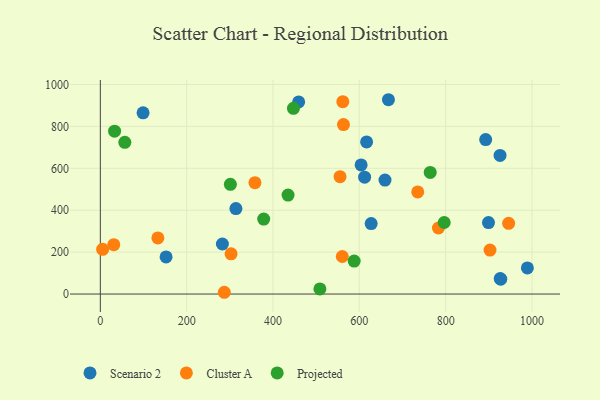
{"axis": {"x": "Investment", "y": "Demand"}, "legend": ["Cluster A", "Projected", "Scenario 2"], "data": [{"x": "612.3", "y": 557.7, "type": "Scenario 2"}, {"x": "899.3", "y": 340.9, "type": "Scenario 2"}, {"x": "926.5", "y": 74.2, "type": "Scenario 2"}, {"x": "667.5", "y": 927.2, "type": "Scenario 2"}, {"x": "152.3", "y": 177.2, "type": "Scenario 2"}, {"x": "99.0", "y": 864.8, "type": "Scenario 2"}, {"x": "659.5", "y": 543.9, "type": "Scenario 2"}, {"x": "282.8", "y": 238.8, "type": "Scenario 2"}, {"x": "459.5", "y": 916.6, "type": "Scenario 2"}, {"x": "926.1", "y": 661.3, "type": "Scenario 2"}, {"x": "927.7", "y": 70.7, "type": "Scenario 2"}, {"x": "627.5", "y": 336.1, "type": "Scenario 2"}, {"x": "892.8", "y": 737.2, "type": "Scenario 2"}, {"x": "989.4", "y": 124.8, "type": "Scenario 2"}, {"x": "616.9", "y": 725.9, "type": "Scenario 2"}, {"x": "314.1", "y": 408.0, "type": "Scenario 2"}, {"x": "604.2", "y": 616.3, "type": "Scenario 2"}, {"x": "358.2", "y": 531.2, "type": "Cluster A"}, {"x": "563.3", "y": 808.5, "type": "Cluster A"}, {"x": "133.3", "y": 267.8, "type": "Cluster A"}, {"x": "783.3", "y": 315.0, "type": "Cluster A"}, {"x": "5.3", "y": 213.5, "type": "Cluster A"}, {"x": "946.0", "y": 337.6, "type": "Cluster A"}, {"x": "287.2", "y": 8.4, "type": "Cluster A"}, {"x": "31.1", "y": 235.4, "type": "Cluster A"}, {"x": "735.4", "y": 487.4, "type": "Cluster A"}, {"x": "561.8", "y": 917.7, "type": "Cluster A"}, {"x": "902.8", "y": 209.8, "type": "Cluster A"}, {"x": "560.6", "y": 179.0, "type": "Cluster A"}, {"x": "555.4", "y": 560.0, "type": "Cluster A"}, {"x": "302.9", "y": 191.8, "type": "Cluster A"}, {"x": "447.4", "y": 886.1, "type": "Projected"}, {"x": "434.9", "y": 472.3, "type": "Projected"}, {"x": "796.7", "y": 341.4, "type": "Projected"}, {"x": "378.5", "y": 357.8, "type": "Projected"}, {"x": "33.0", "y": 777.1, "type": "Projected"}, {"x": "508.7", "y": 24.5, "type": "Projected"}, {"x": "301.3", "y": 523.6, "type": "Projected"}, {"x": "588.1", "y": 157.2, "type": "Projected"}, {"x": "764.3", "y": 580.3, "type": "Projected"}, {"x": "56.7", "y": 723.7, "type": "Projected"}]}